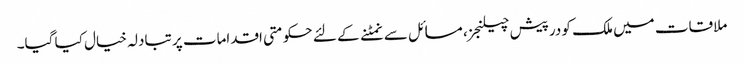
ملاقات میں ملک کو درپیش چیلنجز، مسائل سے نمٹنے کے لئے حکومتی اقدامات پر تبادلہ خیال کیا گیا۔